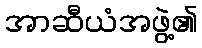
အာဆီယံအဖွဲ့၏